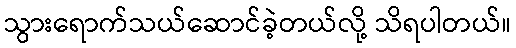
သွားရောက်သယ်ဆောင်ခဲ့တယ်လို့ သိရပါတယ်။